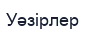
Уәзірлер